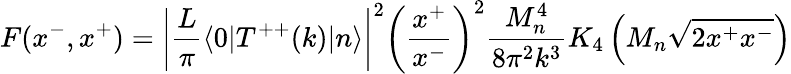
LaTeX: F(x^{-},x^{+})=\left|{\frac{L}{\pi}}\langle 0|T^{++}(k)|n\rangle\right|^{2}\left({\frac{x^{+}}{x^{-}}}\right)^{2}{\frac{M_{n}^{4}}{8\pi^{2}k^{3}}}K_{4}\left(M_{n}\sqrt{2x^{+}x^{-}}\right)